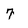
Character: 7